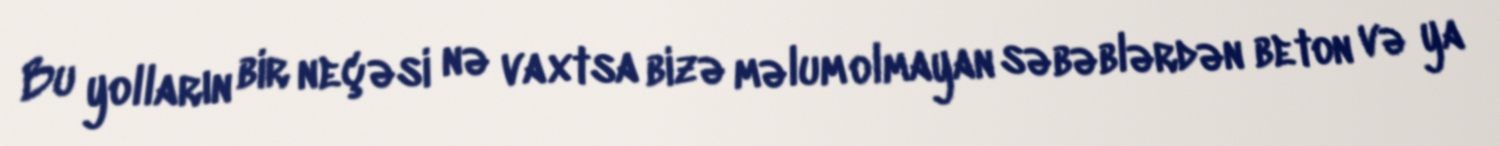
Bu yolların bir neçəsi nə vaxtsa bizə məlum olmayan səbəblərdən beton və ya